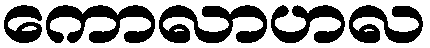
ကောလာဟလ